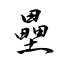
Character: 壘